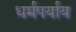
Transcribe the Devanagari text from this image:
धर्मपर्याय